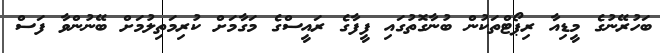
ބަހުރޭނުގެ މީޑިއާ ރިޕޯޓްތަކުން ބުނާގޮތުގައި ފީފާގެ ރައީސްގެ މަގާމަށް ކުރިމަތިލުމަށް ބޭނުންވާ ފަސް